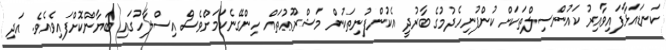
ކަނޑައަޅާފައިވާއިރު ކައުންސިލްތަކަށް ކުންފުނިހެދުމުގެ ބާރުދީ އެކުންފުނިތަކުން މަޝްރޫޢުތައް ހިންގޭނެކަމަށްވެސް އިސްލާހުގައި ބަޔާންކޮށްފައިވެއެވެ. އަދި